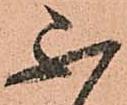
不